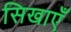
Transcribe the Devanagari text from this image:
सिखाएँ